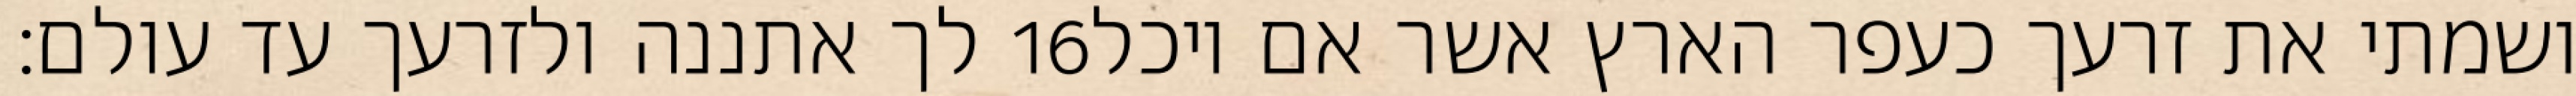
לך אתננה ולזרעך עד עולם׃ ‎16‏ ושמתי את זרעך כעפר הארץ אשר אם יוכל